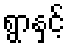
ရွာနှင့်